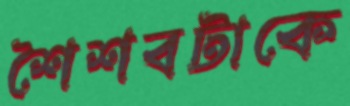
শৈশবটাকে